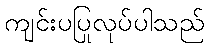
ကျင်းပပြုလုပ်ပါသည်